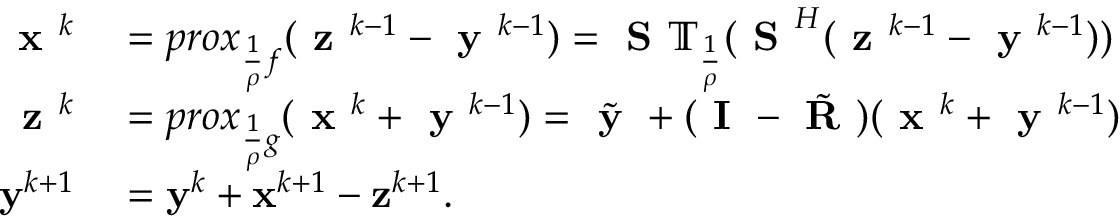
\begin{array} { r l } { \textbf { x } ^ { k } } & { { } = p r o x _ { \frac { 1 } { \rho } f } ( \textbf { z } ^ { k - 1 } - \textbf { y } ^ { k - 1 } ) = \textbf { S } \mathbb { T } _ { \frac { 1 } { \rho } } ( \textbf { S } ^ { H } ( \textbf { z } ^ { k - 1 } - \textbf { y } ^ { k - 1 } ) ) } \\ { \textbf { z } ^ { k } } & { { } = p r o x _ { \frac { 1 } { \rho } g } ( \textbf { x } ^ { k } + \textbf { y } ^ { k - 1 } ) = \tilde { \textbf { y } } + ( \textbf { I } - \tilde { \textbf { R } } ) ( \textbf { x } ^ { k } + \textbf { y } ^ { k - 1 } ) } \\ { \mathbf { y } ^ { k + 1 } } & { { } = \mathbf { y } ^ { k } + \mathbf { x } ^ { k + 1 } - \mathbf { z } ^ { k + 1 } . } \end{array}